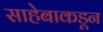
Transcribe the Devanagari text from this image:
साहेबाकडून